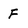
Character: F